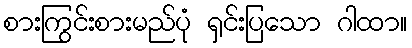
စားကြွင်းစားမည်ပုံ ရှင်းပြသော ဂါထာ။